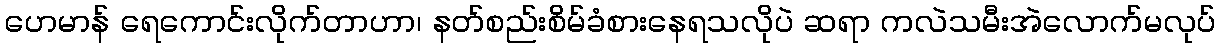
ဟေမာန် ရေကောင်းလိုက်တာဟာ၊ နတ်စည်းစိမ်ခံစားနေရသလိုပဲ ဆရာ ကလဲသမီးအဲလောက်မလုပ်